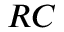
R C